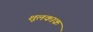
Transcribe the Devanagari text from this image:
शूलकाक